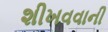
શીખવવાની